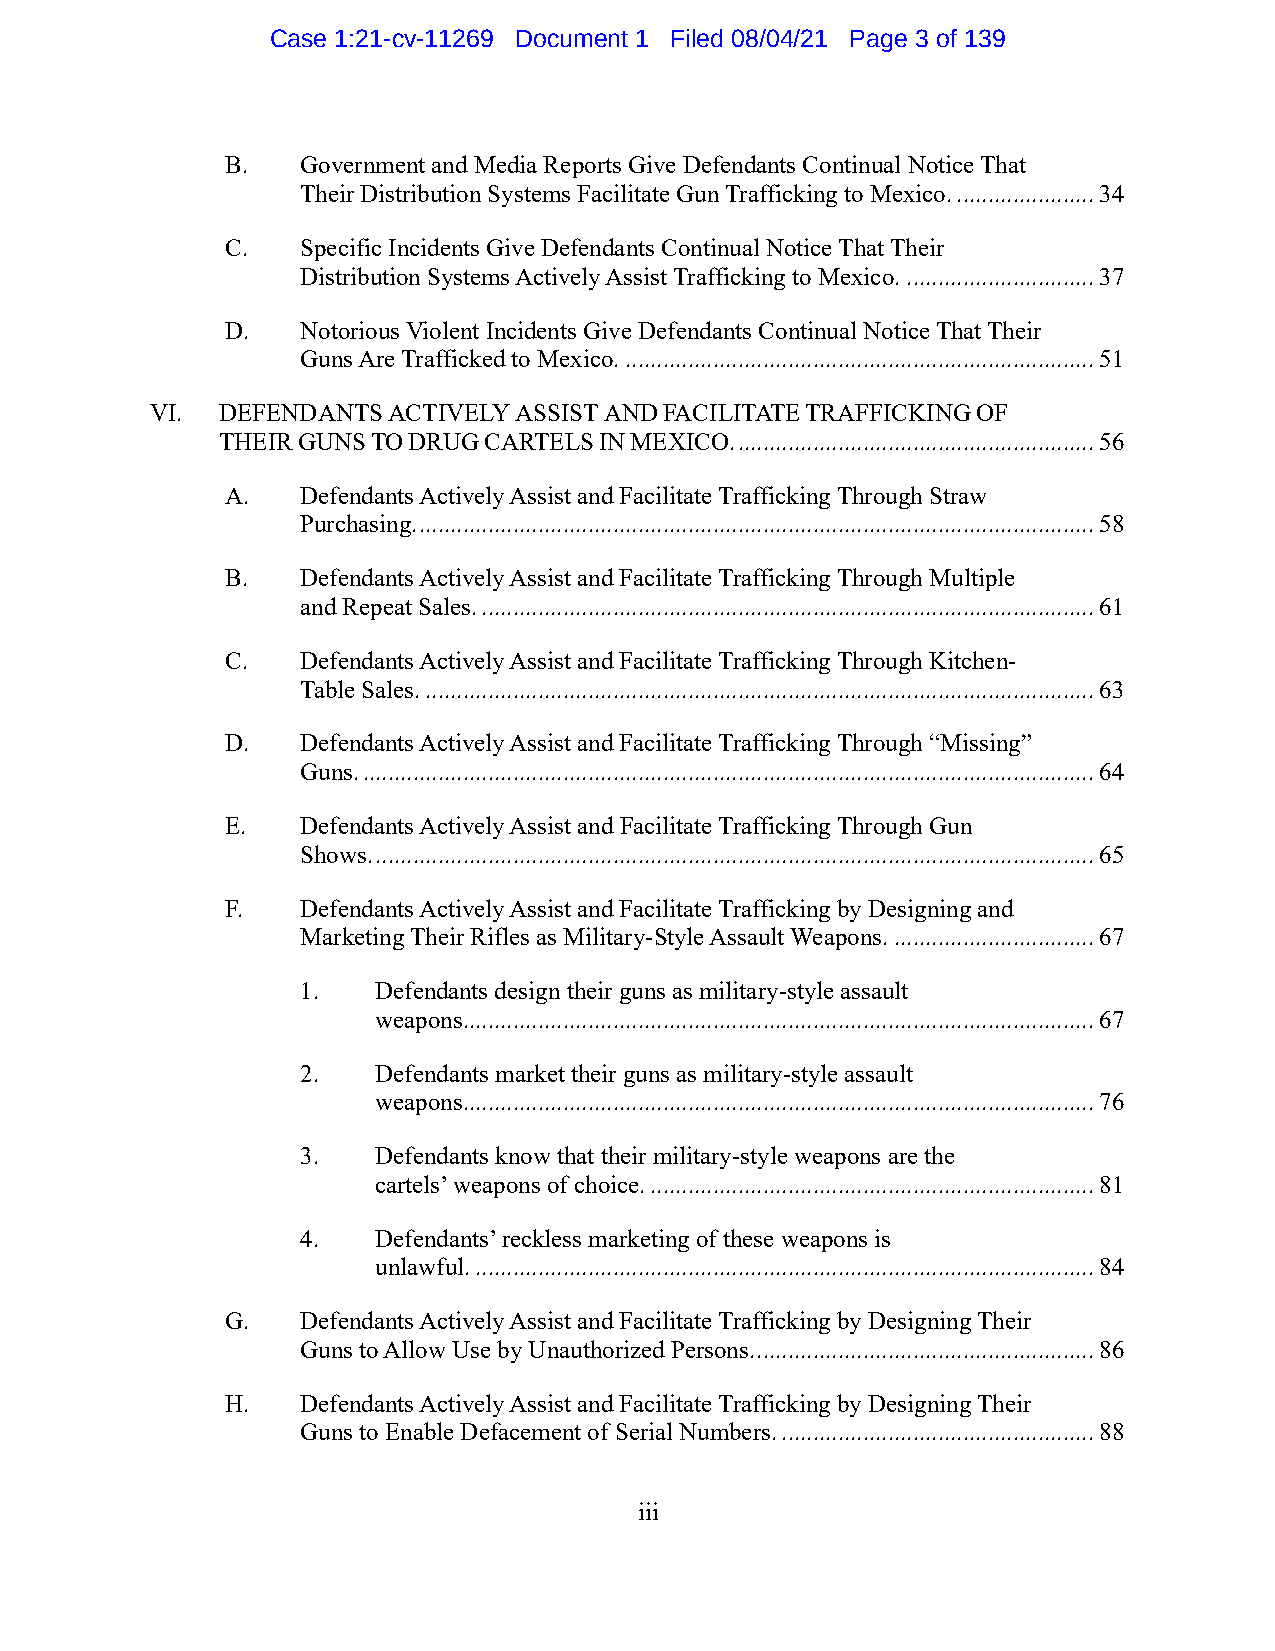
Case 1:21-cv-11269 Document 1 Filed 08/04/21 Page 3 of 139
 B.   Government and Media Reports Give Defendants Continual Notice That
 Their Distribution Systems Facilitate Gun Trafficking to Mexico. ...................... 34
 C.   Specific Incidents Give Defendants Continual Notice That Their
 Distribution Systems Actively Assist Trafficking to Mexico. .............................. 37
 D.   Notorious Violent Incidents Give Defendants Continual Notice That Their
 Guns Are Trafficked to Mexico. ........................................................................... 51
 VI. DEFENDANTS  ACTIVELY ASSIST AND FACILITATE TRAFFICKING OF
 THEIR GUNS TO DRUG CARTELS IN MEXICO. ......................................................... 56
 A.   Defendants Actively Assist and Facilitate Trafficking Through Straw
 Purchasing. ............................................................................................................ 58
 B.   Defendants Actively Assist and Facilitate Trafficking Through Multiple
 and Repeat Sales. .................................................................................................. 61
 C.   Defendants Actively Assist and Facilitate Trafficking Through Kitchen-
 Table Sales. ........................................................................................................... 63
 D.   Defendants Actively Assist and Facilitate Trafficking Through “Missing”
 Guns. ..................................................................................................................... 64
 E.   Defendants Actively Assist and Facilitate Trafficking Through Gun
 Shows. ................................................................................................................... 65
 F.   Defendants Actively Assist and Facilitate Trafficking by Designing and
 Marketing Their Rifles as Military-Style Assault Weapons. ................................ 67
 1.   Defendants design their guns as military-style assault
 weapons..................................................................................................... 67
 2.   Defendants market their guns as military-style assault
 weapons..................................................................................................... 76
 3.   Defendants know that their military-style weapons are the
 cartels’ weapons of choice. ....................................................................... 81
 4.   Defendants’ reckless marketing of these weapons is
 unlawful. ................................................................................................... 84
 G.   Defendants Actively Assist and Facilitate Trafficking by Designing Their
 Guns to Allow Use by Unauthorized Persons. ...................................................... 86
 H.   Defendants Actively Assist and Facilitate Trafficking by Designing Their
 Guns to Enable Defacement of Serial Numbers. .................................................. 88
 iii